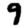
Digit: 9